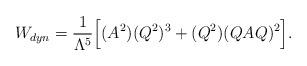
LaTeX: \begin{align*}W_{dyn}= \frac{1}{\Lambda^5}\Big[ (A^2)(Q^2)^3+(Q^2)(QAQ)^2 \Big].\end{align*}